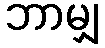
ဘာမျှ